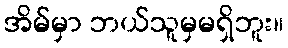
အိမ်မှာ ဘယ်သူမှမရှိဘူး။